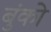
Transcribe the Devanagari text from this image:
बुंको